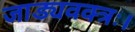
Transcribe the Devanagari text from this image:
जाड्यवक्त्रः।